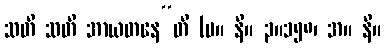
သတိ သတိ အာယတနေ”တိ (မ။ နိ။ ၃။၁၅၈၊ အ။ နိ။